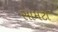
સામટા